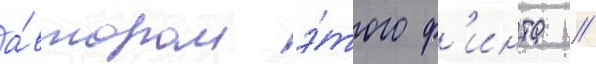
а́втором э́того ф'инта //